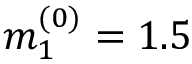
m _ { 1 } ^ { ( 0 ) } = 1 . 5